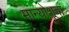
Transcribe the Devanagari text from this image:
मान्योशूचा